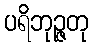
ပရိဘုဉ္ဇတု